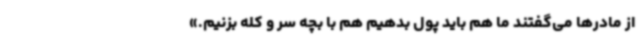
از مادرها می‌گفتند ما هم باید پول بدهیم هم با بچه سر و کله بزنیم.»